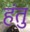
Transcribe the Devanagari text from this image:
हंतु